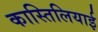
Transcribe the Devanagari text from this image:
कास्तिलियाई